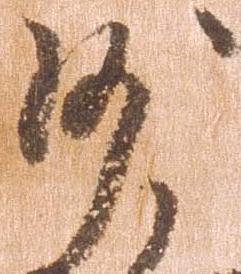
沙